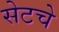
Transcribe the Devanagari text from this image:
सेटचे